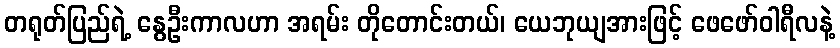
တရုတ်ပြည်ရဲ့ နွေဦးကာလဟာ အရမ်း တိုတောင်းတယ်၊ ယေဘုယျအားဖြင့် ဖေဖော်ဝါရီလနဲ့